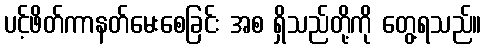
ပင့်ဖိတ်ကာနတ်မေးစေခြင်း အစ ရှိသည်တို့ကို တွေ့ရသည်။